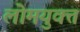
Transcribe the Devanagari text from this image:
लोमयुक्त